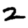
Digit: 2